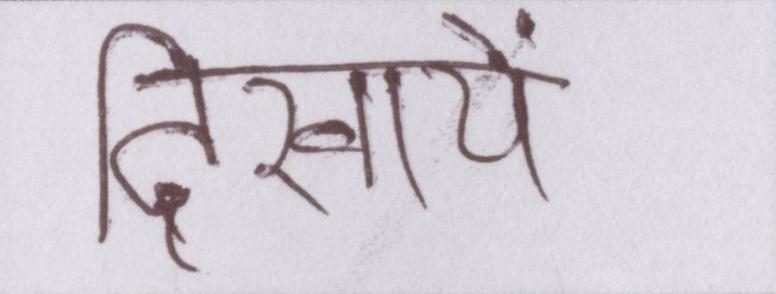
दिखायें